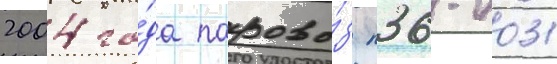
2004 го́да парово́з п36-0031